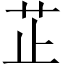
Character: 芷